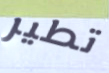
تطير